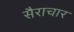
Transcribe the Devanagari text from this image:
सैराचार